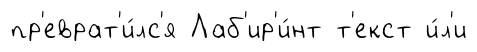
пр'еврат'и́лс'я Лаб'ир'и́нт т'екст и́л'и